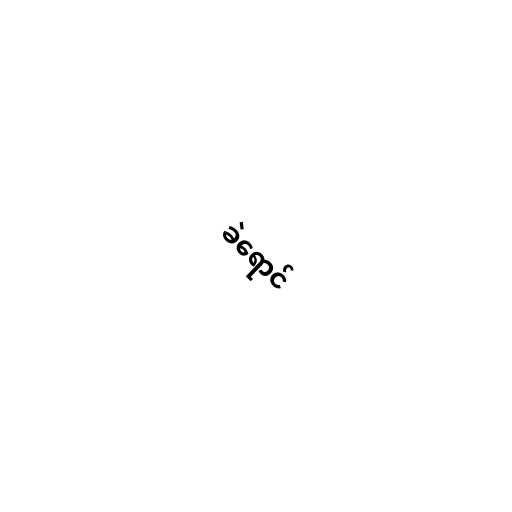
ခဲရောင်